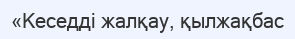
«Кеседді жалқау, қылжақбас